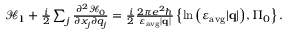
\begin{array} { r } { \mathcal { H } _ { 1 } + \frac { i } { 2 } \sum _ { j } \frac { \partial ^ { 2 } \mathcal { H } _ { 0 } } { \partial x _ { j } \partial q _ { j } } = \frac { i } { 2 } \frac { 2 \pi e ^ { 2 } \hbar } { \varepsilon _ { \mathrm { a v g } } | \mathbf { q } | } \left\{ \ln { \left( \varepsilon _ { \mathrm { a v g } } | \mathbf { q } | \right) } , \Pi _ { 0 } \right\} . } \end{array}